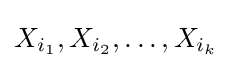
X_{i_{1}},X_{i_{2}},\dots ,X_{i_{k}}